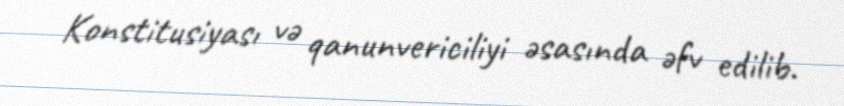
Konstitusiyası və qanunvericiliyi əsasında əfv edilib.